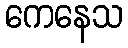
ကေနေသ